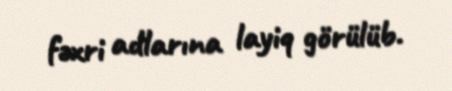
fəxri adlarına layiq görülüb.